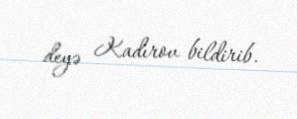
deyə Kadırov bildirib.